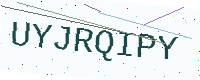
Text: UYJRQIPY